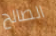
الصالح